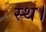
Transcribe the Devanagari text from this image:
स्थ।